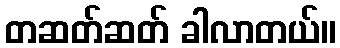
တဆတ်ဆတ် ခါလာတယ်။